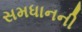
સમધાનની